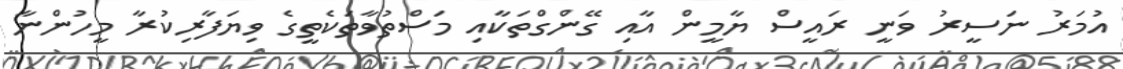
އުމަރު ނަސީރު ވަނީ ރައީސް ޔާމީން އާއި ގޭންގްތަކާއި މަސްތުވާތަކެތީގެ ވިޔަފާރިކުރާ މީހުންނާ